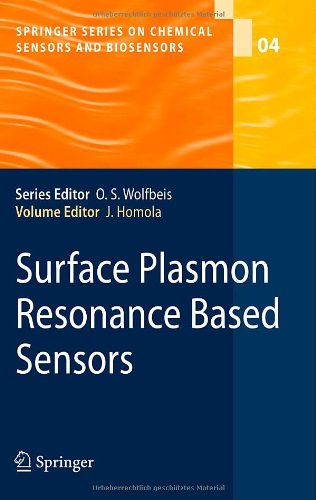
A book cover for Surface Plasmon Resonance Based Sensors (Springer Series on Chemical Sensors and Biosensors); Science & Math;